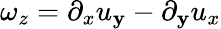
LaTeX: \omega_{z}=\partial_{x}u_{\mathbf{y}}-\partial_{\mathbf{y}}u_{x}